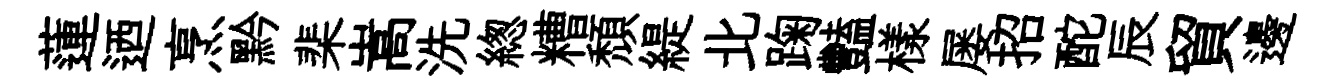
蓮迺烹黔棐嵩洗緫糟頹緹北踘豔樣屡招酡辰貿邊